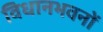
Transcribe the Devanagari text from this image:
विधानभवनों